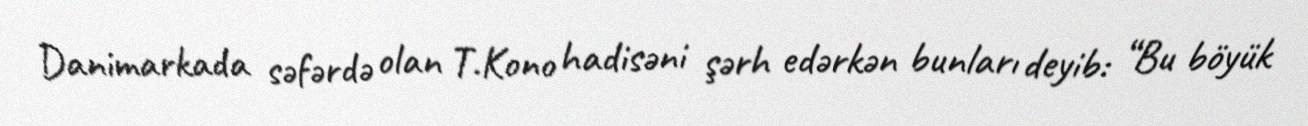
Danimarkada səfərdə olan T.Kono hadisəni şərh edərkən bunları deyib: “Bu böyük